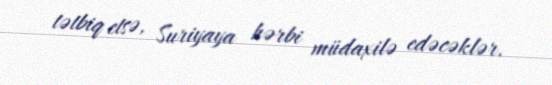
tətbiq etsə, Suriyaya hərbi müdaxilə edəcəklər.